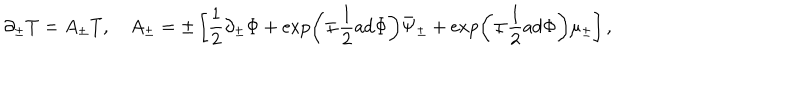
\partial _ { \pm } T = A _ { \pm } T , { } ~ A _ { \pm } = \pm \left[ \frac { 1 } { 2 } \partial _ { \pm } \Phi + \exp \left( \mp \frac { 1 } { 2 } \mathrm { a d } \Phi \right) \bar { \Psi } _ { \pm } + \exp \left( \mp \frac { 1 } { 2 } \mathrm { a d } \Phi \right) \mu _ { \pm } \right] ,